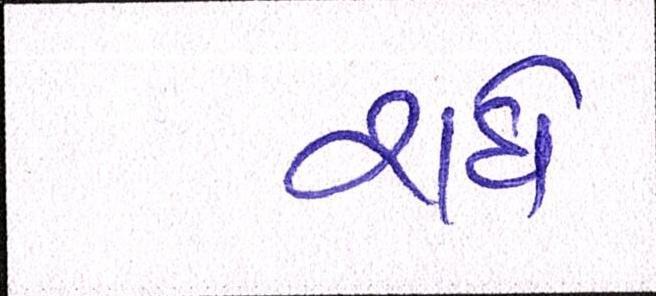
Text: રાધે